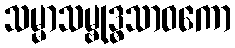
သမ္မာသမ္ဗုဒ္ဓသာဝကော